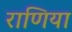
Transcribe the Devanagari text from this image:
राणिया